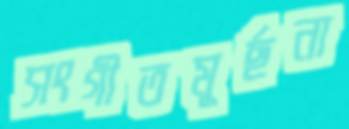
সংগীতমূর্ছনা